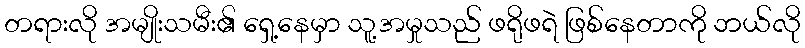
တရားလို အမျိုးသမီး၏ ရှေ့နေမှာ သူ့အမှုသည် ဖရိုဖရဲ ဖြစ်နေတာကို ဘယ်လို